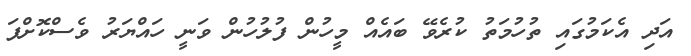
އަދި އެކަމުގައި ތުހުމަތު ކުރެވޭ ބައެއް މީހުން ފުލުހުން ވަނީ ހައްޔަރު ވެސްކޮށްފަ